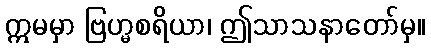
ဣမမှာ ဗြဟ္မစရိယာ၊ ဤသာသနာတော်မှ။